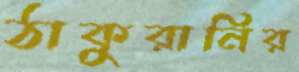
ঠাকুরানির